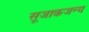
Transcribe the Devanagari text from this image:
सूजाकजन्य